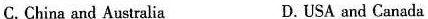
C. China and Australia